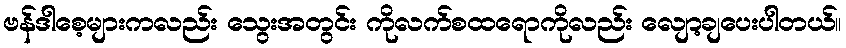
ဗန်ဒါစေ့များကလည်း သွေးအတွင်း ကိုလက်စထရောကိုလည်း လျော့ချပေးပါတယ်။